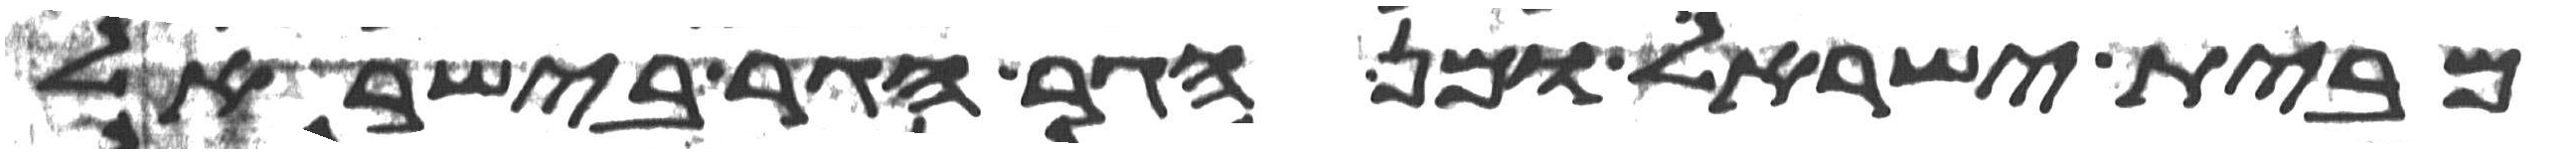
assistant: מבית ישראל ומן הגר הגר בישראל